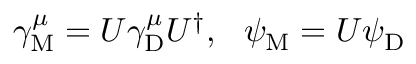
\gamma _ { \mathrm { { M } } } ^ { \mu } = U \gamma _ { \mathrm { { D } } } ^ { \mu } U ^ { \dagger } , ~ ~ \psi _ { \mathrm { { M } } } = U \psi _ { \mathrm { { D } } }